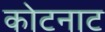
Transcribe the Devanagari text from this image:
कोटनाट